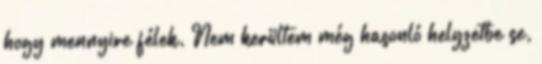
hogy mennyire félek. Nem kerültem még hasonló helyzetbe se,